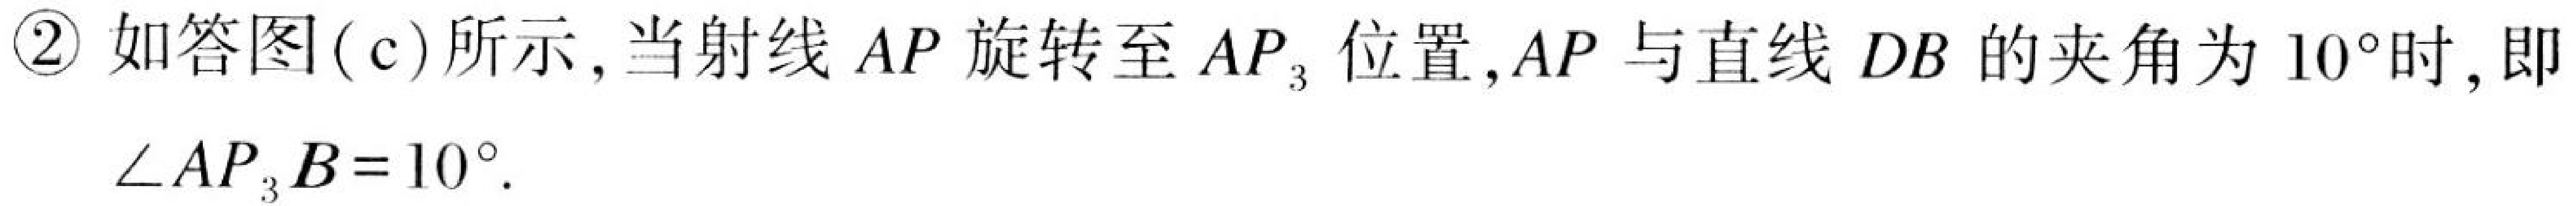
\textcircled{2} 如答图(c)所示,当射线 \(AP\) 旋转至 \(AP_{3}\) 位置,\(AP\) 与直线 \(DB\) 的夹角为 \(10^{\circ}\)时,即 \(\angle AP_{3}B = 10^{\circ}\).